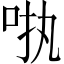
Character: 𪠺